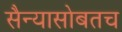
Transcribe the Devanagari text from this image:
सैन्यासोबतच